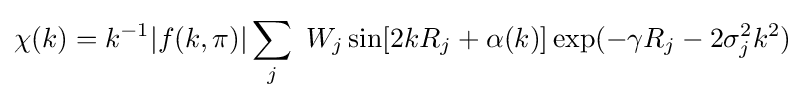
\chi (k)=k^{-1}|f(k,\pi )|\sum _{j}\ W_{j}\sin[2kR_{j}+\alpha (k)]\exp(-\gamma R_{j}-2\sigma _{j}^{2}k^{2})